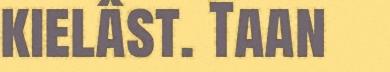
kielâst. Taan